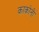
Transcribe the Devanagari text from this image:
काकोनी